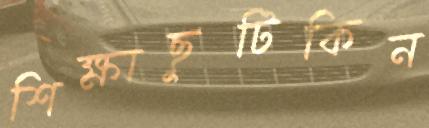
শিক্ষাছুটিকিন